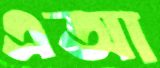
এআ